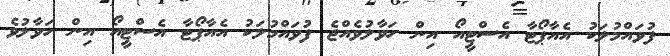
ފުވައްމުލަކު އެއާޕޯޓާ އެސްޓީއޯ އިން ހަވާލުވެއްޖެ ފުވައްމުލަކު އެއާޕޯޓާ އެސްޓީއޯ އިން ހަވާލުވެ